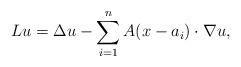
LaTeX: \begin{align*}Lu=\Delta u -\sum_{i=1}^n A(x-a_i)\cdot \nabla u,\end{align*}